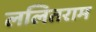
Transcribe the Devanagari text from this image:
ललितराम